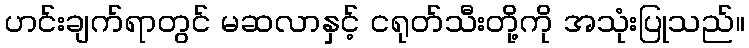
ဟင်းချက်ရာတွင် မဆလာနှင့် ငရုတ်သီးတို့ကို အသုံးပြုသည်။